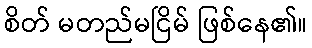
စိတ် မတည်မငြိမ် ဖြစ်နေ၏။